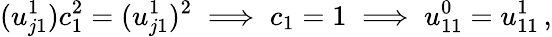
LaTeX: (u_{j1}^{1})c_{1}^{2}=(u_{j1}^{1})^{2}\implies c_{1}=1\implies u_{11}^{0}=u_{11}^{1}\, ,